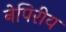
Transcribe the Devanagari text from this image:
नेपिरीय